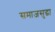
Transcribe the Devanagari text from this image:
समाजसुद्धा